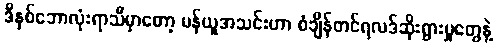
ဒီနှစ်ဘောလုံးရာသီမှာတော့ မန်ယူအသင်းဟာ စံချိန်တင်ရလဒ်ဆိုးရွားမှုတွေနဲ့